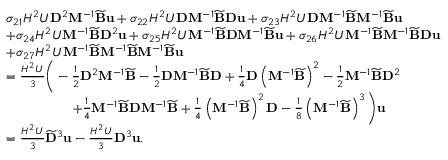
\begin{array} { r l } & { \sigma _ { 2 1 } H ^ { 2 } U \mathbf { D } ^ { 2 } \mathbf { M } ^ { - 1 } \widetilde { \mathbf { B } } \mathbf { u } + \sigma _ { 2 2 } H ^ { 2 } U \mathbf { D } \mathbf { M } ^ { - 1 } \widetilde { \mathbf { B } } \mathbf { D } \mathbf { u } + \sigma _ { 2 3 } H ^ { 2 } U \mathbf { D } \mathbf { M } ^ { - 1 } \widetilde { \mathbf { B } } \mathbf { M } ^ { - 1 } \widetilde { \mathbf { B } } \mathbf { u } } \\ & { + \sigma _ { 2 4 } H ^ { 2 } U \mathbf { M } ^ { - 1 } \widetilde { \mathbf { B } } \mathbf { D } ^ { 2 } \mathbf { u } + \sigma _ { 2 5 } H ^ { 2 } U \mathbf { M } ^ { - 1 } \widetilde { \mathbf { B } } \mathbf { D } \mathbf { M } ^ { - 1 } \widetilde { \mathbf { B } } \mathbf { u } + \sigma _ { 2 6 } H ^ { 2 } U \mathbf { M } ^ { - 1 } \widetilde { \mathbf { B } } \mathbf { M } ^ { - 1 } \widetilde { \mathbf { B } } \mathbf { D } \mathbf { u } } \\ & { + \sigma _ { 2 7 } H ^ { 2 } U \mathbf { M } ^ { - 1 } \widetilde { \mathbf { B } } \mathbf { M } ^ { - 1 } \widetilde { \mathbf { B } } \mathbf { M } ^ { - 1 } \widetilde { \mathbf { B } } \mathbf { u } } \\ & { = \frac { H ^ { 2 } U } { 3 } \bigg ( - \frac { 1 } { 2 } \mathbf { D } ^ { 2 } \mathbf { M } ^ { - 1 } \widetilde { \mathbf { B } } - \frac { 1 } { 2 } \mathbf { D } \mathbf { M } ^ { - 1 } \widetilde { \mathbf { B } } \mathbf { D } + \frac { 1 } { 4 } \mathbf { D } \left( \mathbf { M } ^ { - 1 } \widetilde { \mathbf { B } } \right) ^ { 2 } - \frac { 1 } { 2 } \mathbf { M } ^ { - 1 } \widetilde { \mathbf { B } } \mathbf { D } ^ { 2 } } \\ & { \quad \quad \quad \quad \quad + \frac { 1 } { 4 } \mathbf { M } ^ { - 1 } \widetilde { \mathbf { B } } \mathbf { D } \mathbf { M } ^ { - 1 } \widetilde { \mathbf { B } } + \frac { 1 } { 4 } \left( \mathbf { M } ^ { - 1 } \widetilde { \mathbf { B } } \right) ^ { 2 } \mathbf { D } - \frac { 1 } { 8 } \left( \mathbf { M } ^ { - 1 } \widetilde { \mathbf { B } } \right) ^ { 3 } \bigg ) \mathbf { u } } \\ & { = \frac { H ^ { 2 } U } { 3 } \widetilde { \mathbf { D } } ^ { 3 } \mathbf { u } - \frac { H ^ { 2 } U } { 3 } \mathbf { D } ^ { 3 } \mathbf { u } . } \end{array}